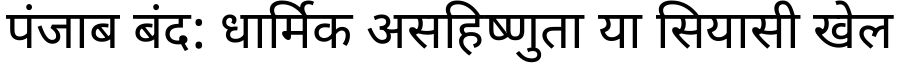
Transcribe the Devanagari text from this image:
पंजाब बंद: धार्मिक असहिष्णुता या सियासी खेल